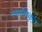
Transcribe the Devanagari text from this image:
नवाविष्कृत